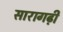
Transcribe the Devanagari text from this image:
सारागढ़ी